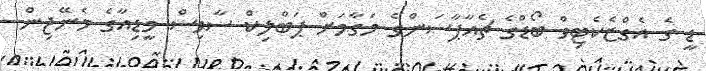
ޑީ ގެ އެގްޒެކެޓިވް ބޯޑްގެ ޗެއާޕާސަންގެ މަގާމަށް ޕަބްލިކް ސާވިސް މީޑިއާގެ މެނޭޖިން